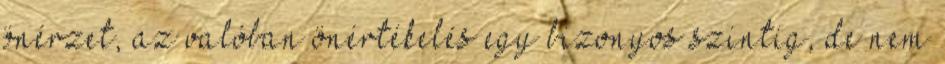
önérzet, az valóban önértékelés egy bizonyos szintig, de nem